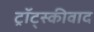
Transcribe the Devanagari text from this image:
ट्रॉट्स्कीवाद